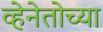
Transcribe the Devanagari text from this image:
व्हेनेतोच्या